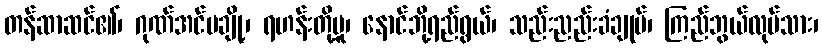
တန်ဆာဆင်၏၊ ဂုဏ်အင်မချို့၊ ရဟန်းတို့မူ၊ နောင်ဘို့ရည်ရွယ်၊ သည်းညည်းခံချုပ်၊ ကြည်ဘွယ်လုပ်သား၊